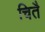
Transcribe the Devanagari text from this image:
चितै